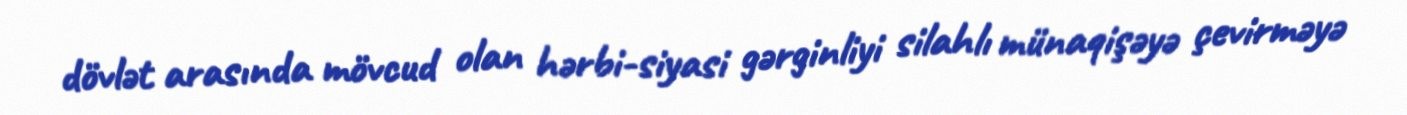
dövlət arasında mövcud olan hərbi-siyasi gərginliyi silahlı münaqişəyə çevirməyə